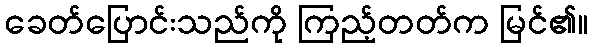
ခေတ်ပြောင်းသည်ကို ကြည့်တတ်က မြင်၏။